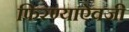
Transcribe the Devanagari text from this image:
फिरण्याऐवजी